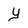
Character: Y